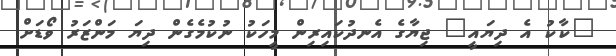
"ކާކު އެ ދިޔައީ" ޖިޔާގެ އެނދުކައިރިން މީހަކު ނުކުމެގެން ދިޔަ މަންޒަރު ވޯޑަށް